Tezpur Lunatic Asylum reports 1895-1904 - 1895-1904
Year: 1895
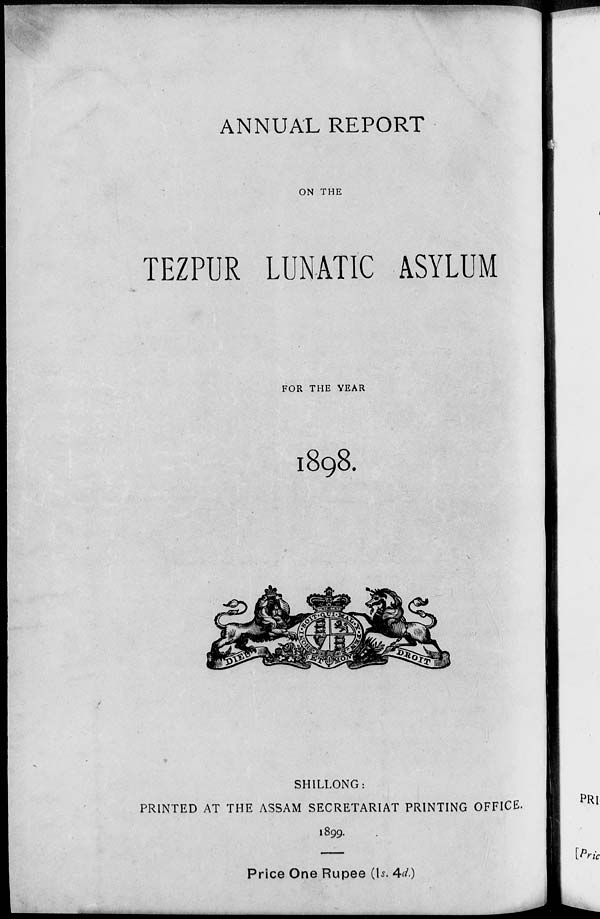
ANNUAL REPORT
ON THE
TEZPUR LUNATIC ASYLUM
FOR THE YEAR
1898.
SH1LLONG:
PRINTED AT THE ASSAM SECRETARIAT PRINTING OFFICE.
1899.
Price One Rupee (U Ad)